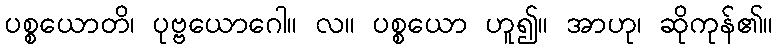
ပစ္စယောတိ၊ ပုဗ္ဗယောဂေါ။ လ။ ပစ္စယော ဟူ၍။ အာဟု၊ ဆိုကုန်၏။